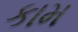
કામ